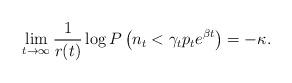
LaTeX: \begin{align*}\underset{t\rightarrow\infty}{\lim}\,\frac{1}{r(t)}\log P\left(n_t < \gamma_t p_t e^{\beta t}\right)= -\kappa. \end{align*}